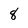
Character: 8